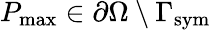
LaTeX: P_{\mathrm{{max}}}\in\partial\Omega\setminus\Gamma_{\mathrm{{sym}}}